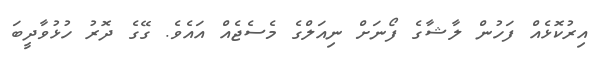
އިރުކޮޅެއް ފަހުން ލާޝާގެ ފޯނަށް ނިއަލްގެ މެސެޖެއް އައެވެ. ގޭގެ ދޮރު ހުޅުވާދީބަ